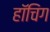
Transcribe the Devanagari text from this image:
हॉचिंग